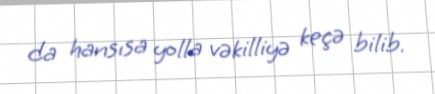
da hansısa yolla vəkilliyə keçə bilib.